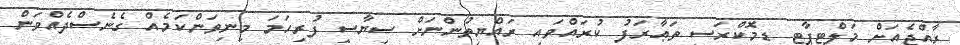
ރާއްޖެއަށް މަލްޓިޕާޓީ ޑިމޮކްރަސީ ތަޢާރަފު ކުރައްވައި ރައްޔިތުންނަށް ސިޔާސީ ފުރިހަމަ މިނިވަންކަމެއް ގެނެސްދެއްވަން